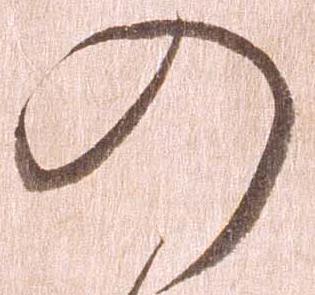
の